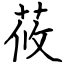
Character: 莜